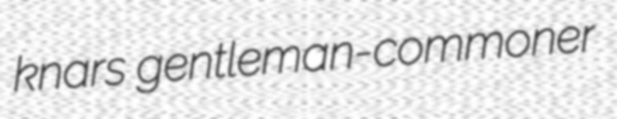
knars gentleman-commoner